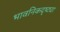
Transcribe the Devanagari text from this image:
भावनिकदृष्‍ट्या